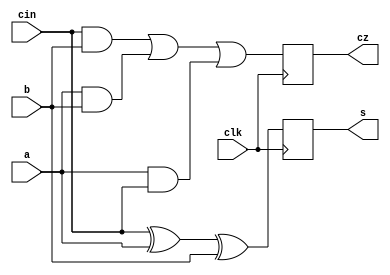
module half_adder(a, b, clk, cin, s, cz);
  input wire a, clk;
  input wire b, cin;
  output reg s;
  output reg cz;
  always@(posedge clk) begin
    s <= cin ^ a ^ b;
    cz <= ((cin & b) | (a & b) | (a & cin));
  end
endmodule

//Note: no need to use clock, used clock here only to make the output display properly	
module tb;
  reg a, b, cin, clk;
  wire s, cz;
  half_adder ha1(.a(a),
                 .b(b),
                 .cz(cz),
                 .s(s),
                 .cin(cin),
                 .clk(clk));
  always #2 clk = ~clk;
  initial begin
    a = 0;
    b = 0;
    cin = 0;
    clk = 0;
    $monitor("a = %0b, b = %0b, cin = %0b, s = %0b, c = %0b", a, b, cin, s, cz);
  end
  
  initial begin
    $dumpfile("dump.vcd");
    $dumpvars(1);
  end
  initial begin
	#2 a = 1; b = 1; cin = 1;
	#5 a = 1; b = 1; cin = 0;
	#8 a = 1; b = 0; cin = 1;
    #3 a = 1; b = 0; cin = 0;
    #5 a = 0; b = 1; cin = 1;
    #2 a = 0; b = 1; cin = 0;
    #5 a = 0; b = 0; cin = 1;
    #7 a = 0; b = 0; cin = 0;
    #50 $finish;
  end
endmodule